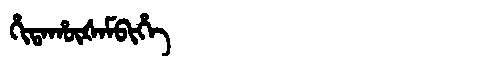
Manchu: ᡥᡳᡨᠠᡥᡡᡧᠠᠮᠪᡳᡥᡝ
Romanization: HITAHŪŠAMBIHE